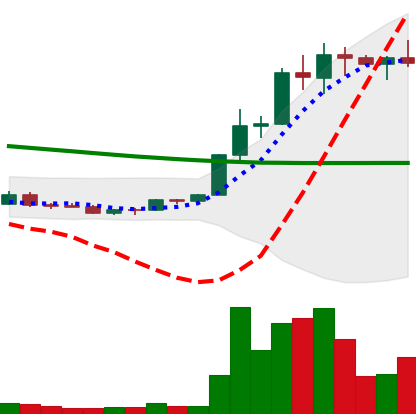
Ticker: ETC-USD
Chart end date: 2022-03-28
Forward return: -3.805%
Label: down_3_5